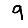
Digit: 9